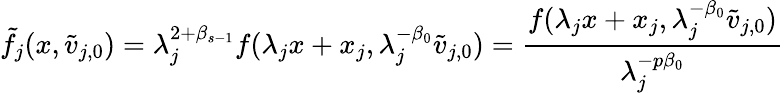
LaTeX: \tilde{f}_{j}(x,\tilde{v}_{j,0})=\lambda_{j}^{2+\beta_{s-1}}f(\lambda_{j}x+x_{j},\lambda_{j}^{-\beta_{0}}\tilde{v}_{j,0})=\frac{f(\lambda_{j}x+x_{j},\lambda_{j}^{-\beta_{0}}\tilde{v}_{j,0})}{\lambda_{j}^{-p\beta_{0}}}